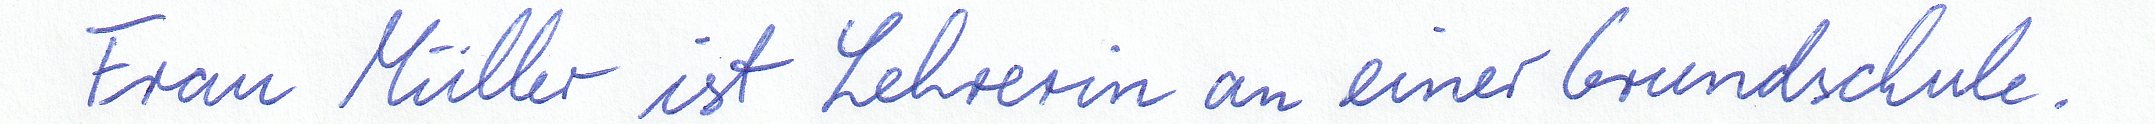
Frau Müller ist Lehrerin an einer Grundschule.